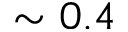
\sim 0 . 4